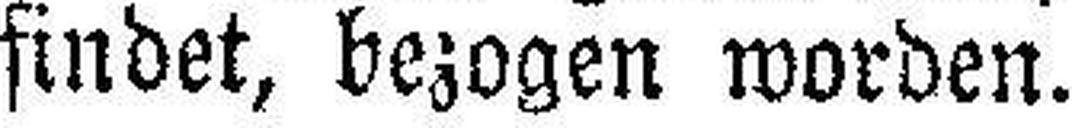
findet, bezogen worden.